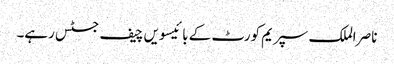
ناصر الملک سپریم کورٹ کے بائیسویں چیف جسٹس رہے۔